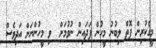
މީގެކުރިން ފޮތް ލިބުނު މީހުން ފަދައިން ނުވުމަށް  ވި މީހުންނަށް އަދިވެސް